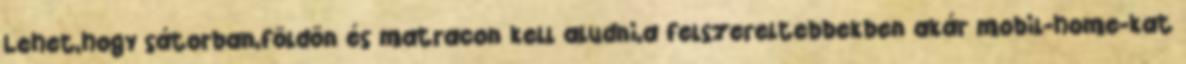
Lehet,hogy sátorban,földön és matracon kell aludni,a felszereltebbekben akár mobil-home-kat